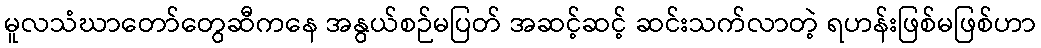
မူလသံဃာတော်တွေဆီကနေ အနွယ်စဉ်မပြတ် အဆင့်ဆင့် ဆင်းသက်လာတဲ့ ရဟန်းဖြစ်မဖြစ်ဟာ